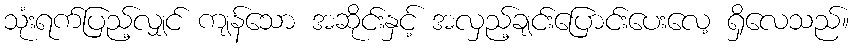
သုံးရက်ပြည့်လျှင် ကျန်သော အဆိုင်းနှင့် အလှည့်ချင်းပြောင်းပေးလေ့ ရှိလေသည်။